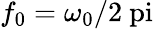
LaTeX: f_{0}=\omega_{0}/2\mathrm{\ pi}